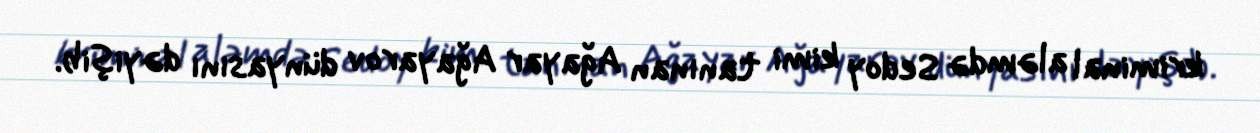
kriminal aləmdə Sedoy kimi tanınan Ağayar Ağayarov dünyasını dəyişib.